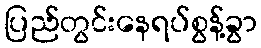
ပြည်တွင်းနေရပ်စွန့်ခွာ